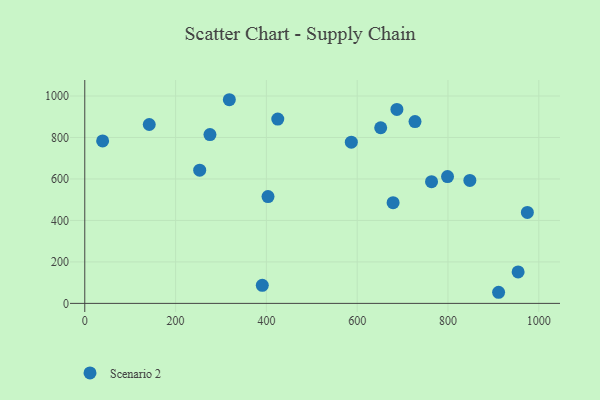
{"axis": {"x": "Experience", "y": "Fuel Efficiency"}, "legend": ["Scenario 2"], "data": [{"x": "679.1", "y": 485.7, "type": "Scenario 2"}, {"x": "403.6", "y": 515.1, "type": "Scenario 2"}, {"x": "799.0", "y": 611.5, "type": "Scenario 2"}, {"x": "954.5", "y": 151.5, "type": "Scenario 2"}, {"x": "974.9", "y": 438.6, "type": "Scenario 2"}, {"x": "142.0", "y": 862.6, "type": "Scenario 2"}, {"x": "39.3", "y": 783.2, "type": "Scenario 2"}, {"x": "687.5", "y": 935.3, "type": "Scenario 2"}, {"x": "848.2", "y": 593.0, "type": "Scenario 2"}, {"x": "318.4", "y": 982.1, "type": "Scenario 2"}, {"x": "763.8", "y": 586.7, "type": "Scenario 2"}, {"x": "253.1", "y": 642.4, "type": "Scenario 2"}, {"x": "911.5", "y": 53.6, "type": "Scenario 2"}, {"x": "425.1", "y": 888.7, "type": "Scenario 2"}, {"x": "727.4", "y": 876.6, "type": "Scenario 2"}, {"x": "587.1", "y": 777.2, "type": "Scenario 2"}, {"x": "391.0", "y": 87.3, "type": "Scenario 2"}, {"x": "275.7", "y": 814.1, "type": "Scenario 2"}, {"x": "651.8", "y": 846.9, "type": "Scenario 2"}]}